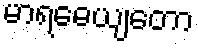
မာရဓေယျတော